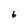
Character: 6